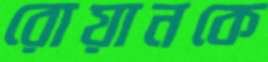
রোয়ানকে